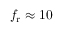
f _ { \mathrm { r } } \approx 1 0